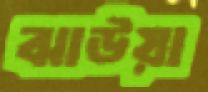
ঝাউয়া